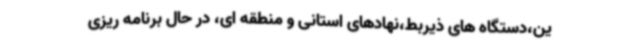
ین،دستگاه های ذیربط،نهادهای استانی و منطقه ای، در حال برنامه ریزی